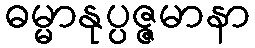
ဓမ္မာနုပ္ပဇ္ဇမာနာ